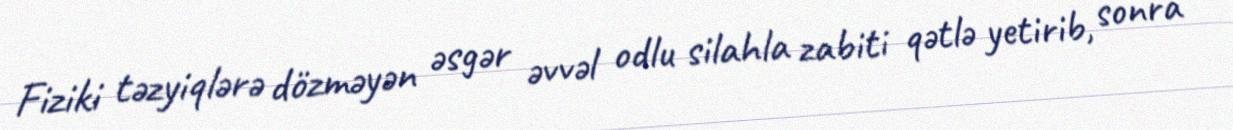
Fiziki təzyiqlərə dözməyən əsgər əvvəl odlu silahla zabiti qətlə yetirib, sonra